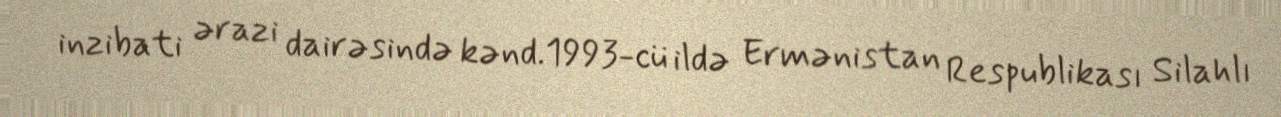
inzibati ərazi dairəsində kənd.1993-cü ildə Ermənistan Respublikası Silahlı